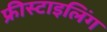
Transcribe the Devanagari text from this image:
फ्रीस्टाइलिंग